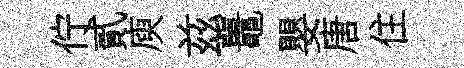
佇貳庾兹鼉嬰唐住